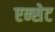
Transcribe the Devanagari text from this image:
एन्सेट